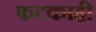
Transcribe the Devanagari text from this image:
फटकाही